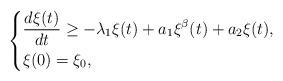
LaTeX: \begin{align*}\left\{\begin{aligned}&\frac{d\xi(t)}{dt}\geq-\lambda_{1}\xi(t)+a_{1}\xi^{\beta}(t)+a_{2}\xi(t),\\&\xi(0)=\xi_{0},\end{aligned}\right.\end{align*}